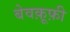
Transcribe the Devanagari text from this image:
बेवक़ूफ़ी